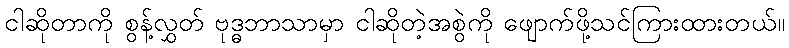
ငါဆိုတာကို စွန့်လွှတ် ဗုဒ္ဓဘာသာမှာ ငါဆိုတဲ့အစွဲကို ဖျောက်ဖို့သင်ကြားထားတယ်။